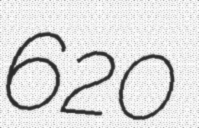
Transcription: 620